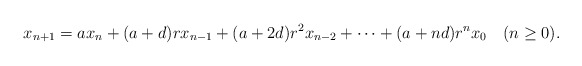
\begin{align*}x_{n+1}=ax_n + (a+d)r x_{n-1}+(a+2d)r^2 x_{n-2}+\cdots+(a+nd)r^nx_0\quad(n\geq 0).\end{align*}